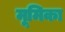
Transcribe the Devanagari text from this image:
मूमिका